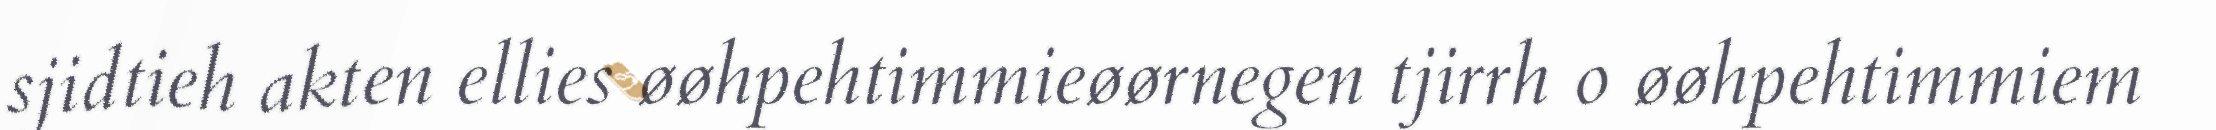
sjidtieh akten ellies øøhpehtimmieøørnegen tjirrh o øøhpehtimmiem